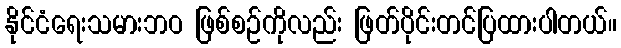
နိုင်ငံရေးသမားဘဝ ဖြစ်စဉ်ကိုလည်း ဖြတ်ပိုင်းတင်ပြထားပါတယ်။